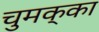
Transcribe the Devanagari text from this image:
चुमक्का